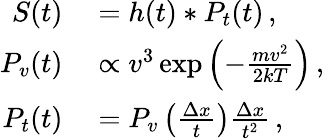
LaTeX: \begin{array}{rl}{S(t)}&{{}=h(t)*P_{t}(t)\, ,}\\ {P_{v}(t)}&{{}\propto v^{3}\exp{\left(-\frac{mv^{2}}{2kT}\right)}\, ,}\\ {P_{t}(t)}&{{}=P_{v}\left(\frac{\Delta x}{t}\right)\frac{\Delta x}{t^{2}}\, ,}\end{array}